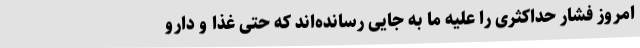
امروز فشار حداکثری را علیه ما به جایی رسانده‌اند که حتی غذا و دارو